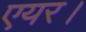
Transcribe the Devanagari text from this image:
एयर।